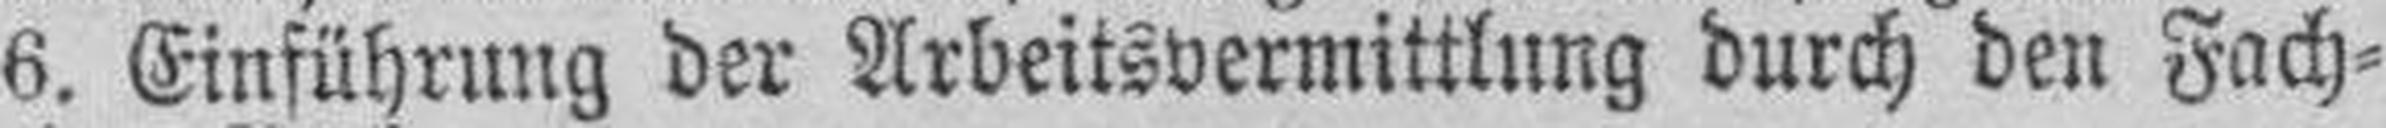
6. Einführung der Arbeitsvermittlung durch den Fach¬